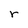
Character: r